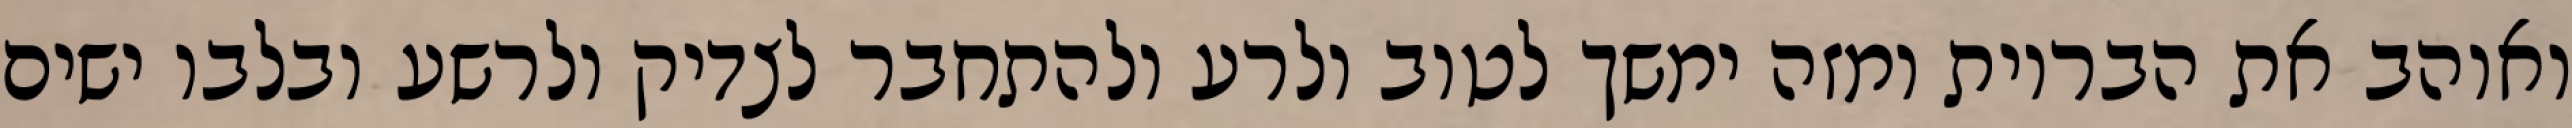
ואוהב את הבריות ומזה ימשך לטוב ולרע ולהתחבר לצדיק ולרשע ובלבו ישים